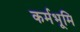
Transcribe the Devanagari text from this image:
कर्मभूमि